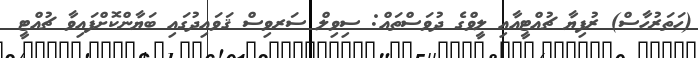
(ހަތަރުހާސް) ރުފިޔާ ޗުއްޓީއާއި ލީވްގެ ދުވަސްތައް: ސިވިލް ސަރވިސް ޤަވައިދުގައި ބަޔާންކޮށްފައިވާ ޗުއްޓީ